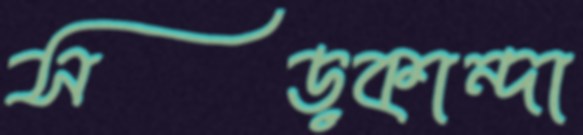
সড়কান্দা